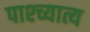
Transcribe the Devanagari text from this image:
पाश्च्यात्य